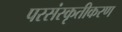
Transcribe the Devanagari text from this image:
परसंस्कृतीकरण